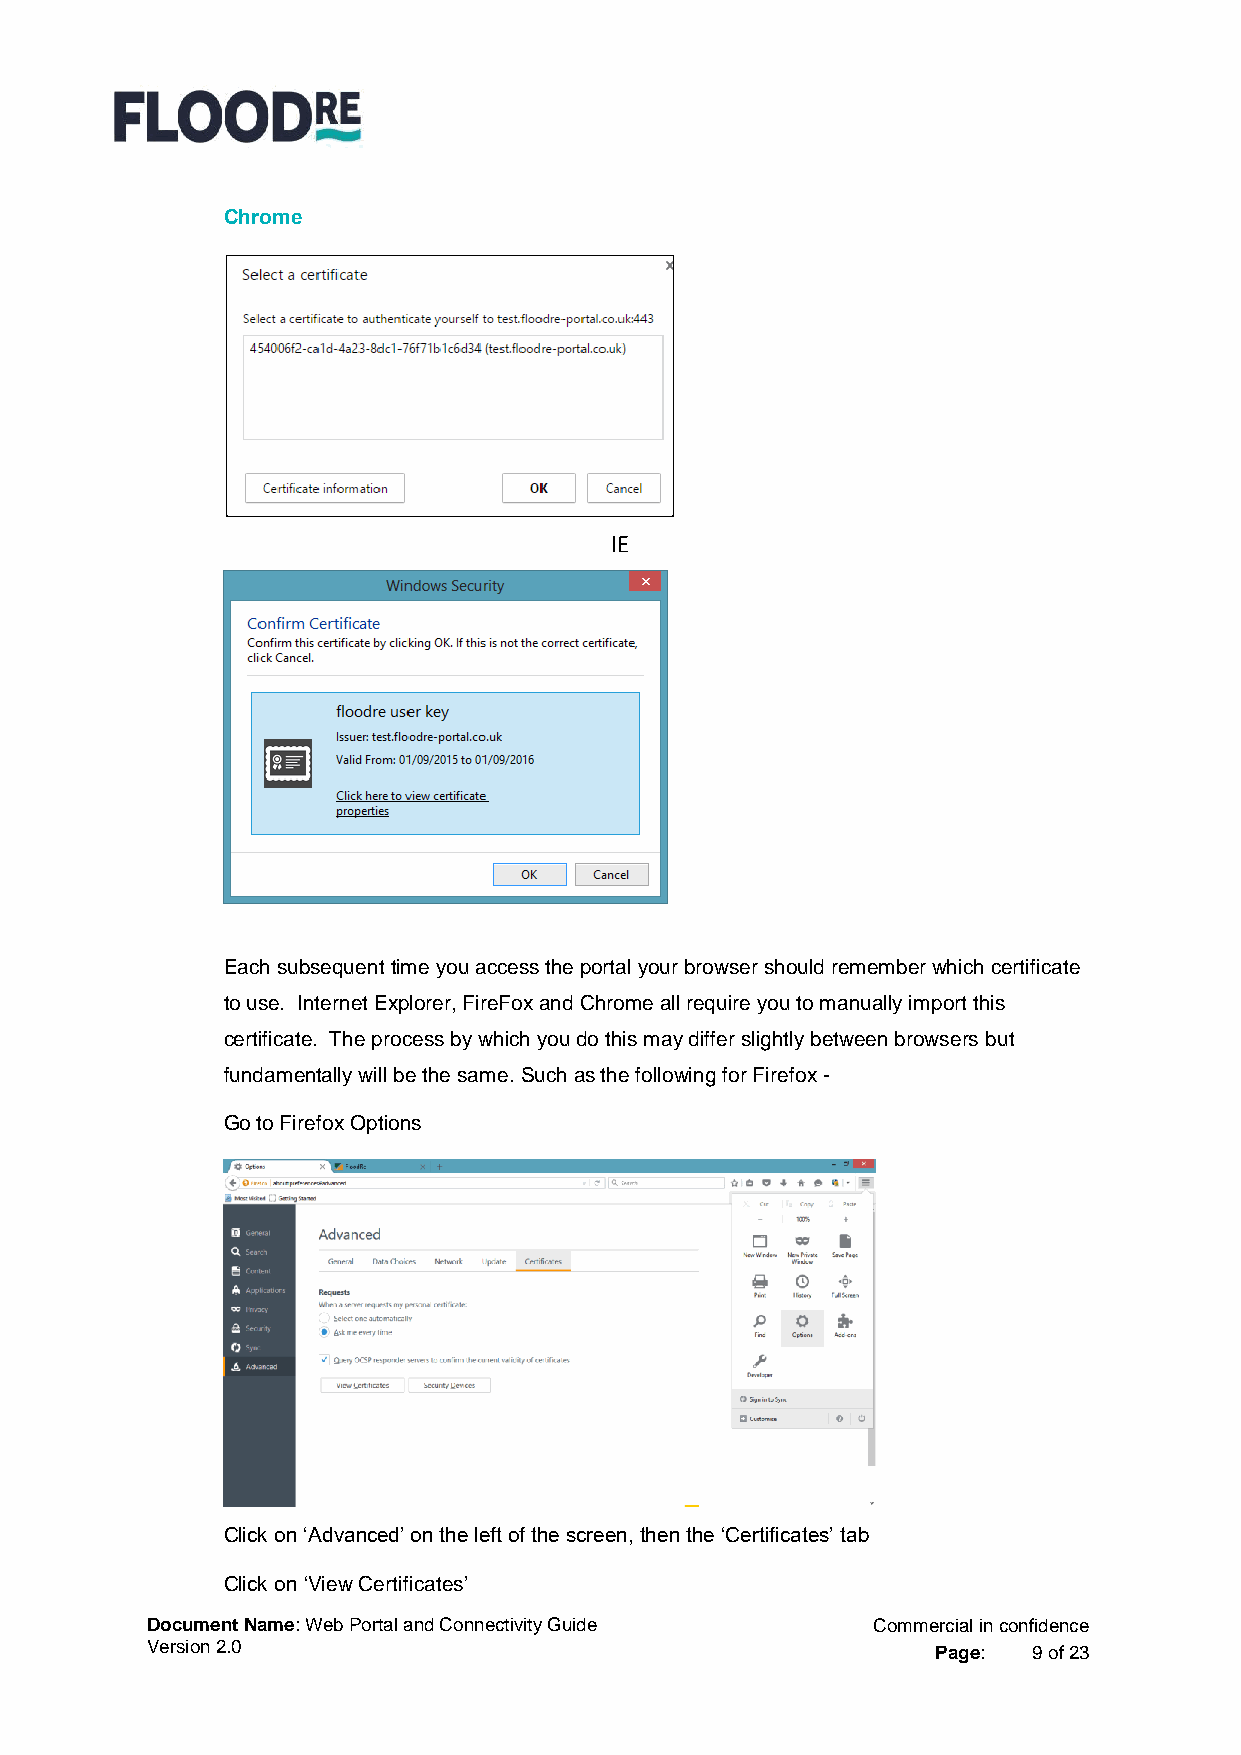
Chrome
 IE
 Each subsequent time you access the portal your browser should remember which certificate
 to use. Internet Explorer, FireFox and Chrome all require you to manually import this
 certificate. The process by which you do this may differ slightly between browsers but
 fundamentally will be the same. Such as the following for Firefox -
 Go to Firefox Options
 Click on ‘Advanced’ on the left of the screen, then the ‘Certificates’ tab
 Click on ‘View Certificates’
 Document Name: Web Portal and Connectivity Guide Commercial in confidence
 Version 2.0                                         Page: 9 of 23